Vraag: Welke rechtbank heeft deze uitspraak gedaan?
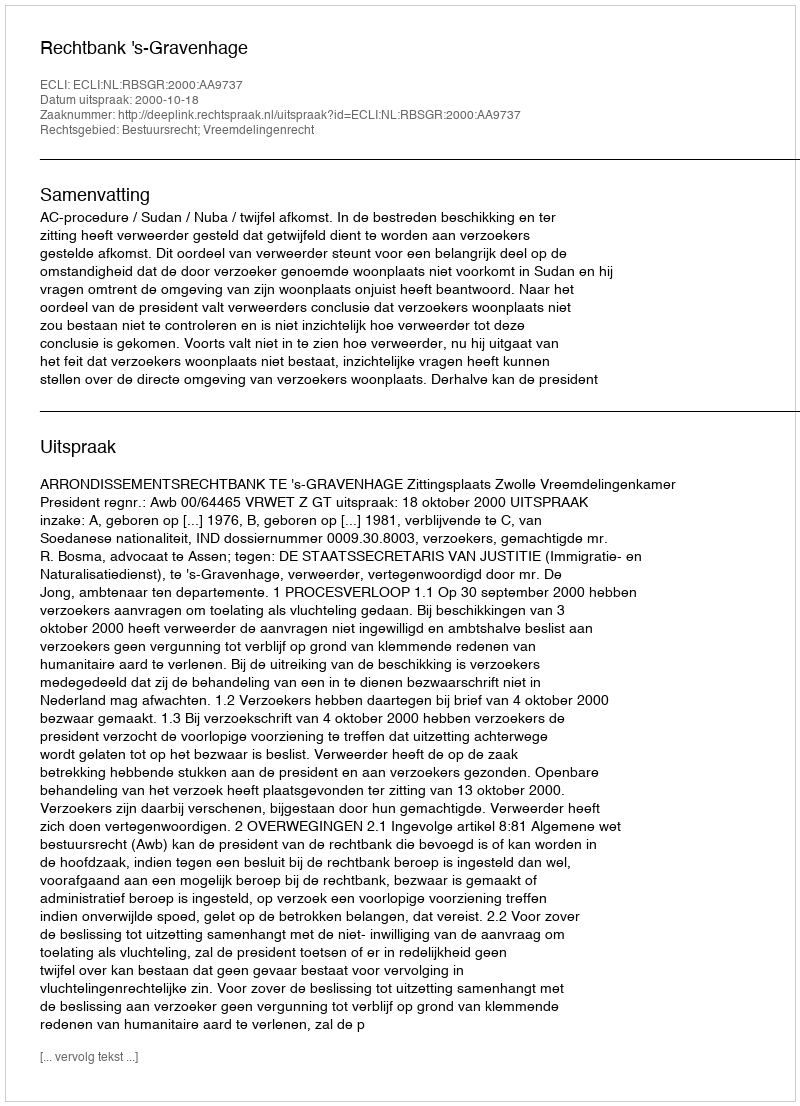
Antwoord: Rechtbank 's-Gravenhage